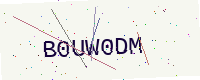
Text: B0UW0DM